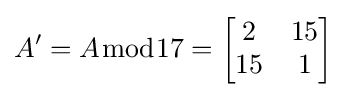
A'=A{\bmod {1}}7={\begin{bmatrix}2&15\\15&1\end{bmatrix}}